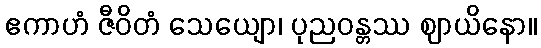
ဧကာဟံ ဇီဝိတံ သေယျော၊ ပုညဝန္တဿ ဈာယိနော။